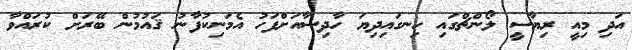
އަދި މިއީ ރިޔާސީ ލޯންޗްގައި ހިނގައިދިޔަ ހާދިސާއަށްފަހު އެމަނިކުފާނު ޤައުމުން ބޭރަށް ކުރައްވާ